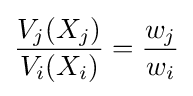
{\frac {V_{j}(X_{j})}{V_{i}(X_{i})}}={\frac {w_{j}}{w_{i}}}